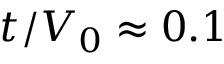
t / V _ { 0 } \approx 0 . 1